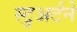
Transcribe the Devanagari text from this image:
स्टुअर्टने